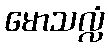
မောသလ္လံ